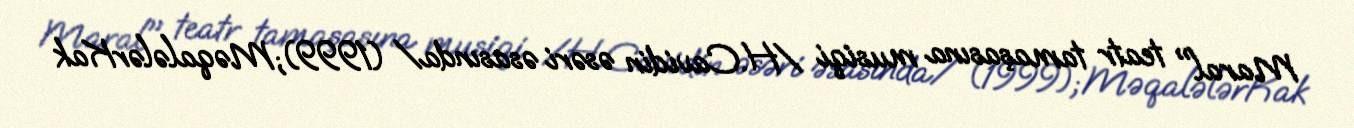
Maral" teatr tamaşasına musiqi /H.Cavidin əsəri əsasında/ (1999);MəqalələrKak